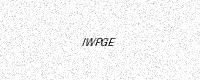
Text: IWPGE